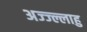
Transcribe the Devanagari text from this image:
अज्ज्ल्लाहु